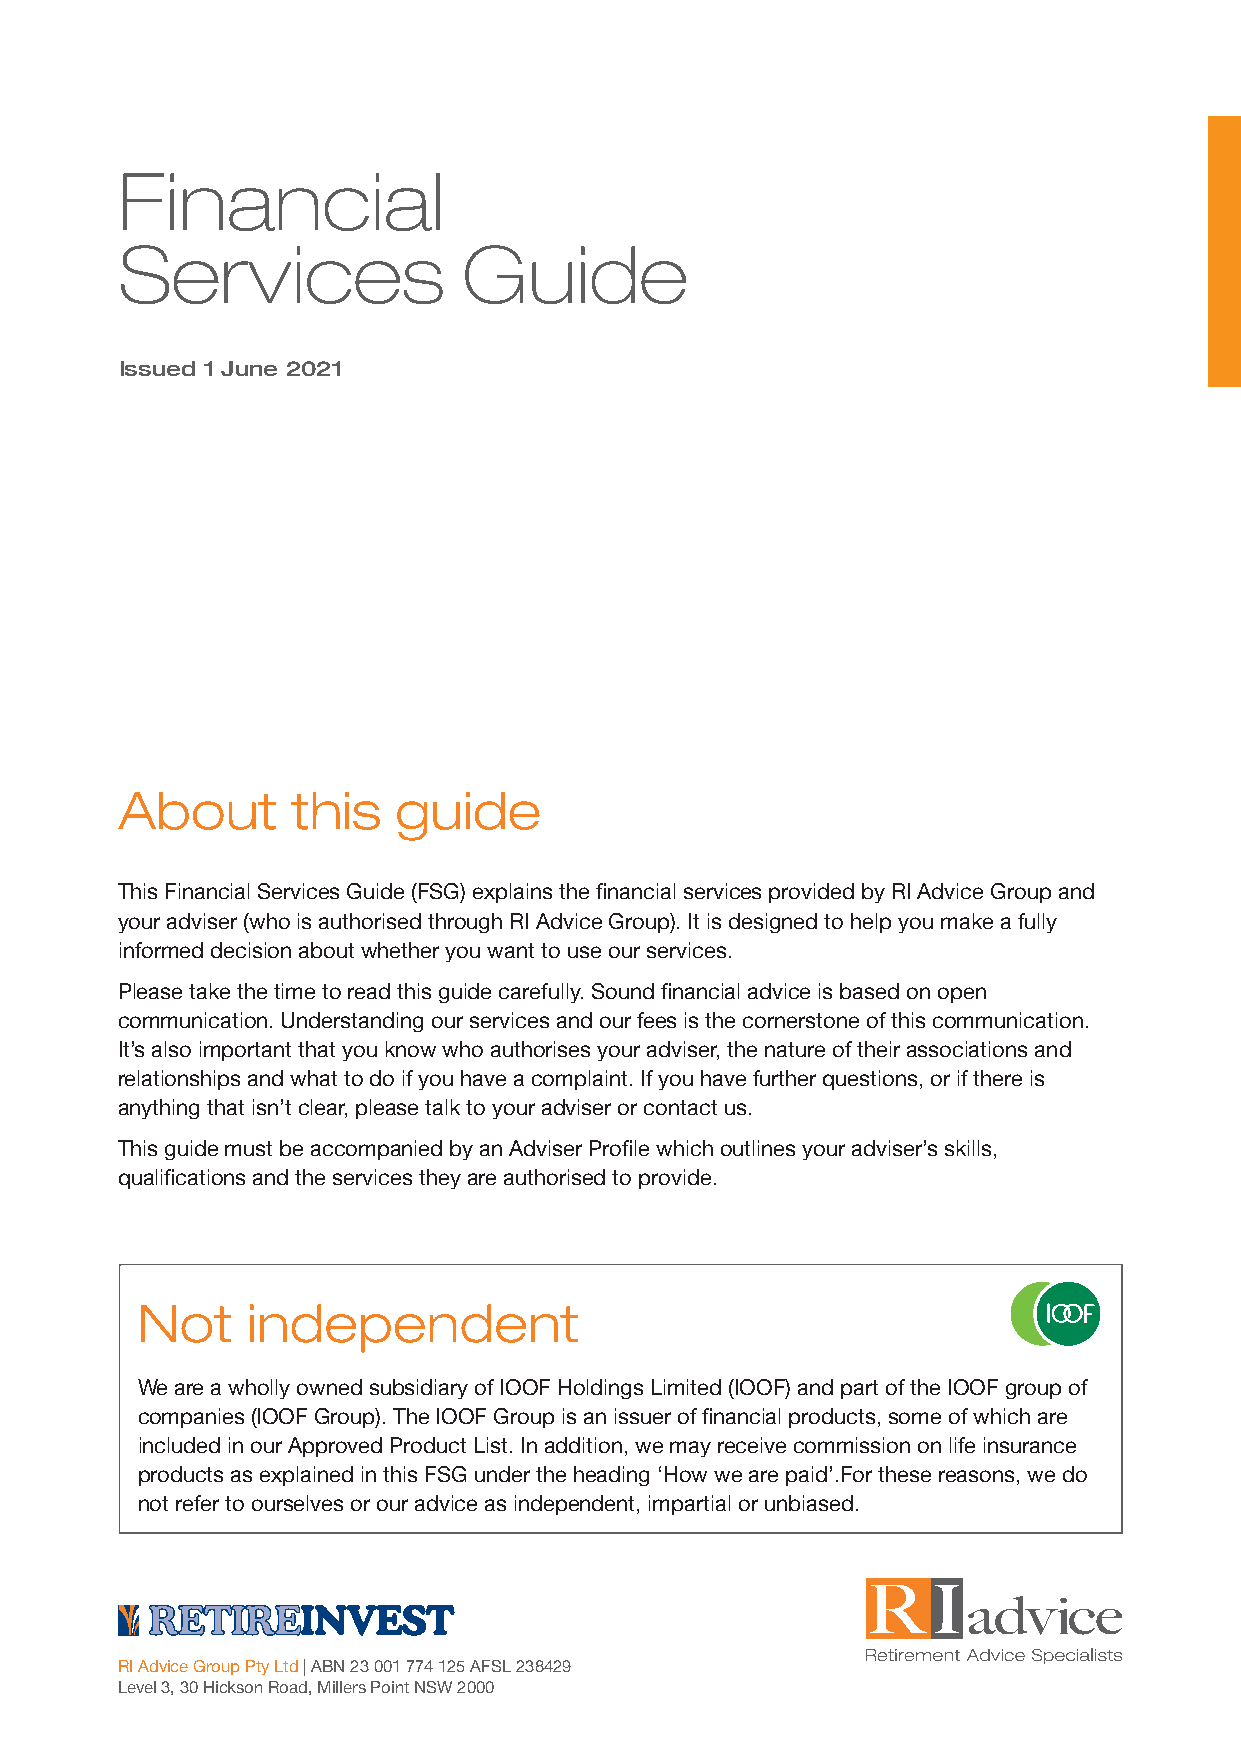
Financial
 Services               Guide
 Issued 1 June 2021
 About      this   guide
 This Financial Services Guide (FSG) explains the financial services provided by RI Advice Group and
 your adviser (who is authorised through RI Advice Group). It is designed to help you make a fully
 informed decision about whether you want to use our services.
 Please take the time to read this guide carefully. Sound financial advice is based on open
 communication. Understanding our services and our fees is the cornerstone of this communication.
 It’s also important that you know who authorises your adviser, the nature of their associations and
 relationships and what to do if you have a complaint. If you have further questions, or if there is
 anything that isn’t clear, please talk to your adviser or contact us.
 This guide must be accompanied by an Adviser Profile which outlines your adviser’s skills,
 qualifications and the services they are authorised to provide.
 Not    independent
 We are a wholly owned subsidiary of IOOF Holdings Limited (IOOF) and part of the IOOF group of
 companies (IOOF Group). The IOOF Group is an issuer of financial products, some of which are
 included in our Approved Product List. In addition, we may receive commission on life insurance
 products as explained in this FSG under the heading ‘How we are paid’.For these reasons, we do
 not refer to ourselves or our advice as independent, impartial or unbiased.
 RI Advice Group Pty Ltd | ABN 23 001 774 125 AFSL 238429
 Level 3, 30 Hickson Road, Millers Point NSW 2000